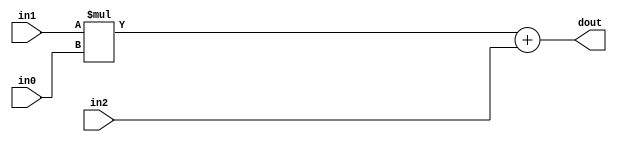
module hls_contrast_stredEe_DSP48_2(
    input  [8 - 1:0] in0,
    input  [23 - 1:0] in1,
    input  [29 - 1:0] in2,
    output [30 - 1:0]  dout);
wire signed [25 - 1:0]     a;
wire signed [18 - 1:0]     b;
wire signed [48 - 1:0]     c;
wire signed [43 - 1:0]     m;
wire signed [48 - 1:0]     p;
assign a  = $unsigned(in1);
assign b  = $unsigned(in0);
assign c  = $unsigned(in2);
assign m  = a * b;
assign p  = m + c;
assign dout = p;
endmodule